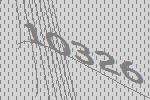
10326